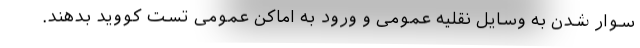
سوار شدن به وسایل نقلیه عمومی و ورود به اماکن عمومی تست کووید بدهند.